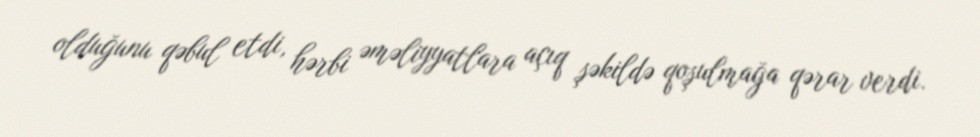
olduğunu qəbul etdi, hərbi əməliyyatlara açıq şəkildə qoşulmağa qərar verdi.